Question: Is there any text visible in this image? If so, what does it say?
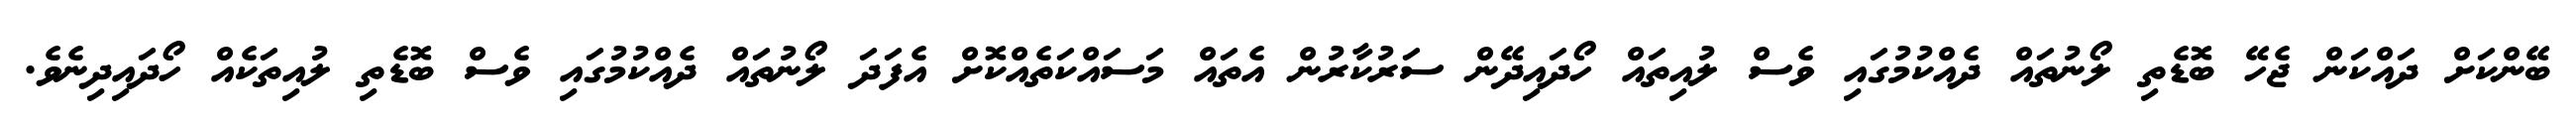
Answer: ބޭންކަށް ދައްކަން ޖެހޭ ބޮޑެތި ލޯނުތައް ދެއްކުމުގައި ވެސް ލުއިތައް ހޯދައިދޭން ސަރުކާރުން އެތައް މަސައްކަތެއްކޮށް އެފަދަ ލޯނުތައް ދެއްކުމުގައި ވެސް ބޮޑެތި ލުއިތަކެއް ހޯދައިދިނެވެ.